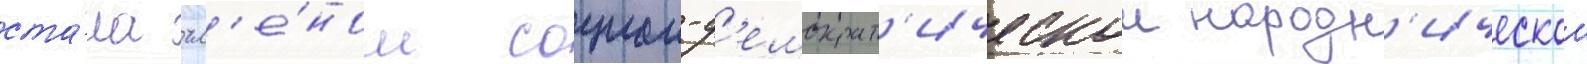
ста́ла чл'е́ном социал-д'емократ'ическои народн'ическои